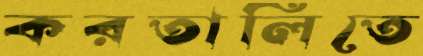
করতালিতে